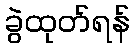
ခွဲထုတ်ရန်